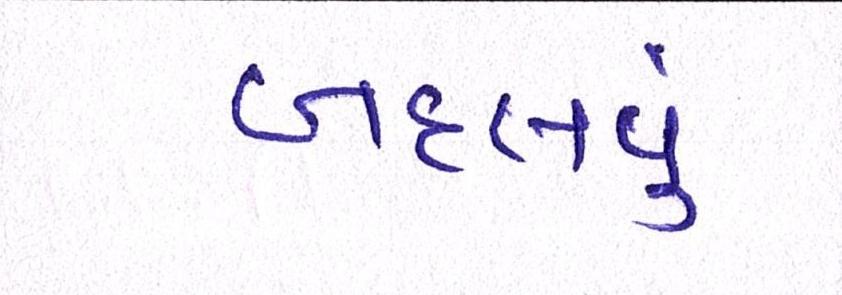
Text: બદલવું